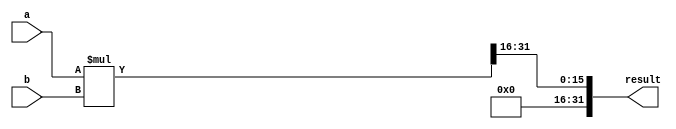
module fixed_point_multiplier(
    input signed [15:0] a, // input fixed-point number 1
    input signed [15:0] b, // input fixed-point number 2
    output reg signed [31:0] result // output product of the two numbers
);

reg signed [31:0] intermediate_product;

always @(*) begin
    intermediate_product = a * b; // multiply the two input numbers
    result = intermediate_product >> 16; // shift the result based on the decimal points
end

endmodule